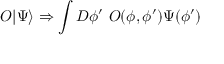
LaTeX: O | \Psi \rangle \Rightarrow \int D \phi ^ { \prime } ~ O ( \phi , \phi ^ { \prime } ) \Psi ( \phi ^ { \prime } )